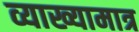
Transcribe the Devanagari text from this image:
व्याख्यामात्र